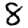
Digit: 8